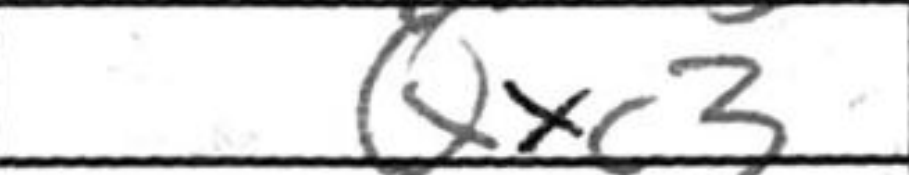
Transcription: Qxc3